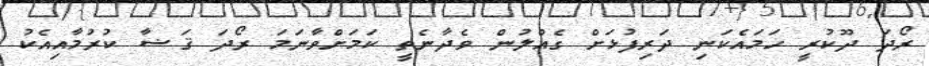
ރޯދަ ދޫކުރީ ހަމައެކަނި ދަރިފުޅަށް ގެއްލުން ވެދާނެތީ ކަމަށްވާނަމަ ރޯދަ ޤަޟާ ކުރުމާއިއެކު